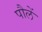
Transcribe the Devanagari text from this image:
पौलें